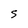
Character: S